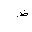
Letter: _za